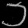
Digit: ၁